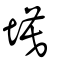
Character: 塻